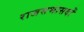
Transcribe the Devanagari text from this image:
राजसभासदों